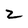
Character: z